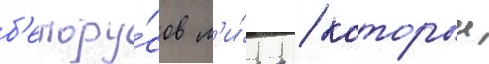
б'елору́сов м'и́ра / которыи